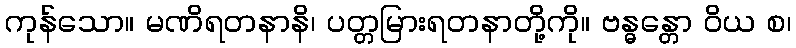
ကုန်သော။ မဏိရတနာနိ၊ ပတ္တမြားရတနာတို့ကို။ ဗန္ဓန္တော ဝိယ စ၊